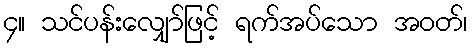
၄။ သင်ပန်းလျှော်ဖြင့် ရက်အပ်သော အဝတ်၊